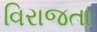
વિરાજતા